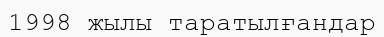
1998 жылы таратылғандар